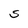
Character: S